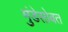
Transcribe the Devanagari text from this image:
मुंडेसोबत